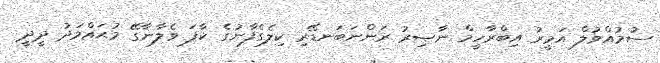
ސުމުއްވުލް އަމީރު އިބްރާހީމް ނާޞިރު ރަންނަބަނޑޭރި ކިލެގެފާނުގެ ކާފަ ވެލާނާގޭ މުޙައްމަދު ދީދީ